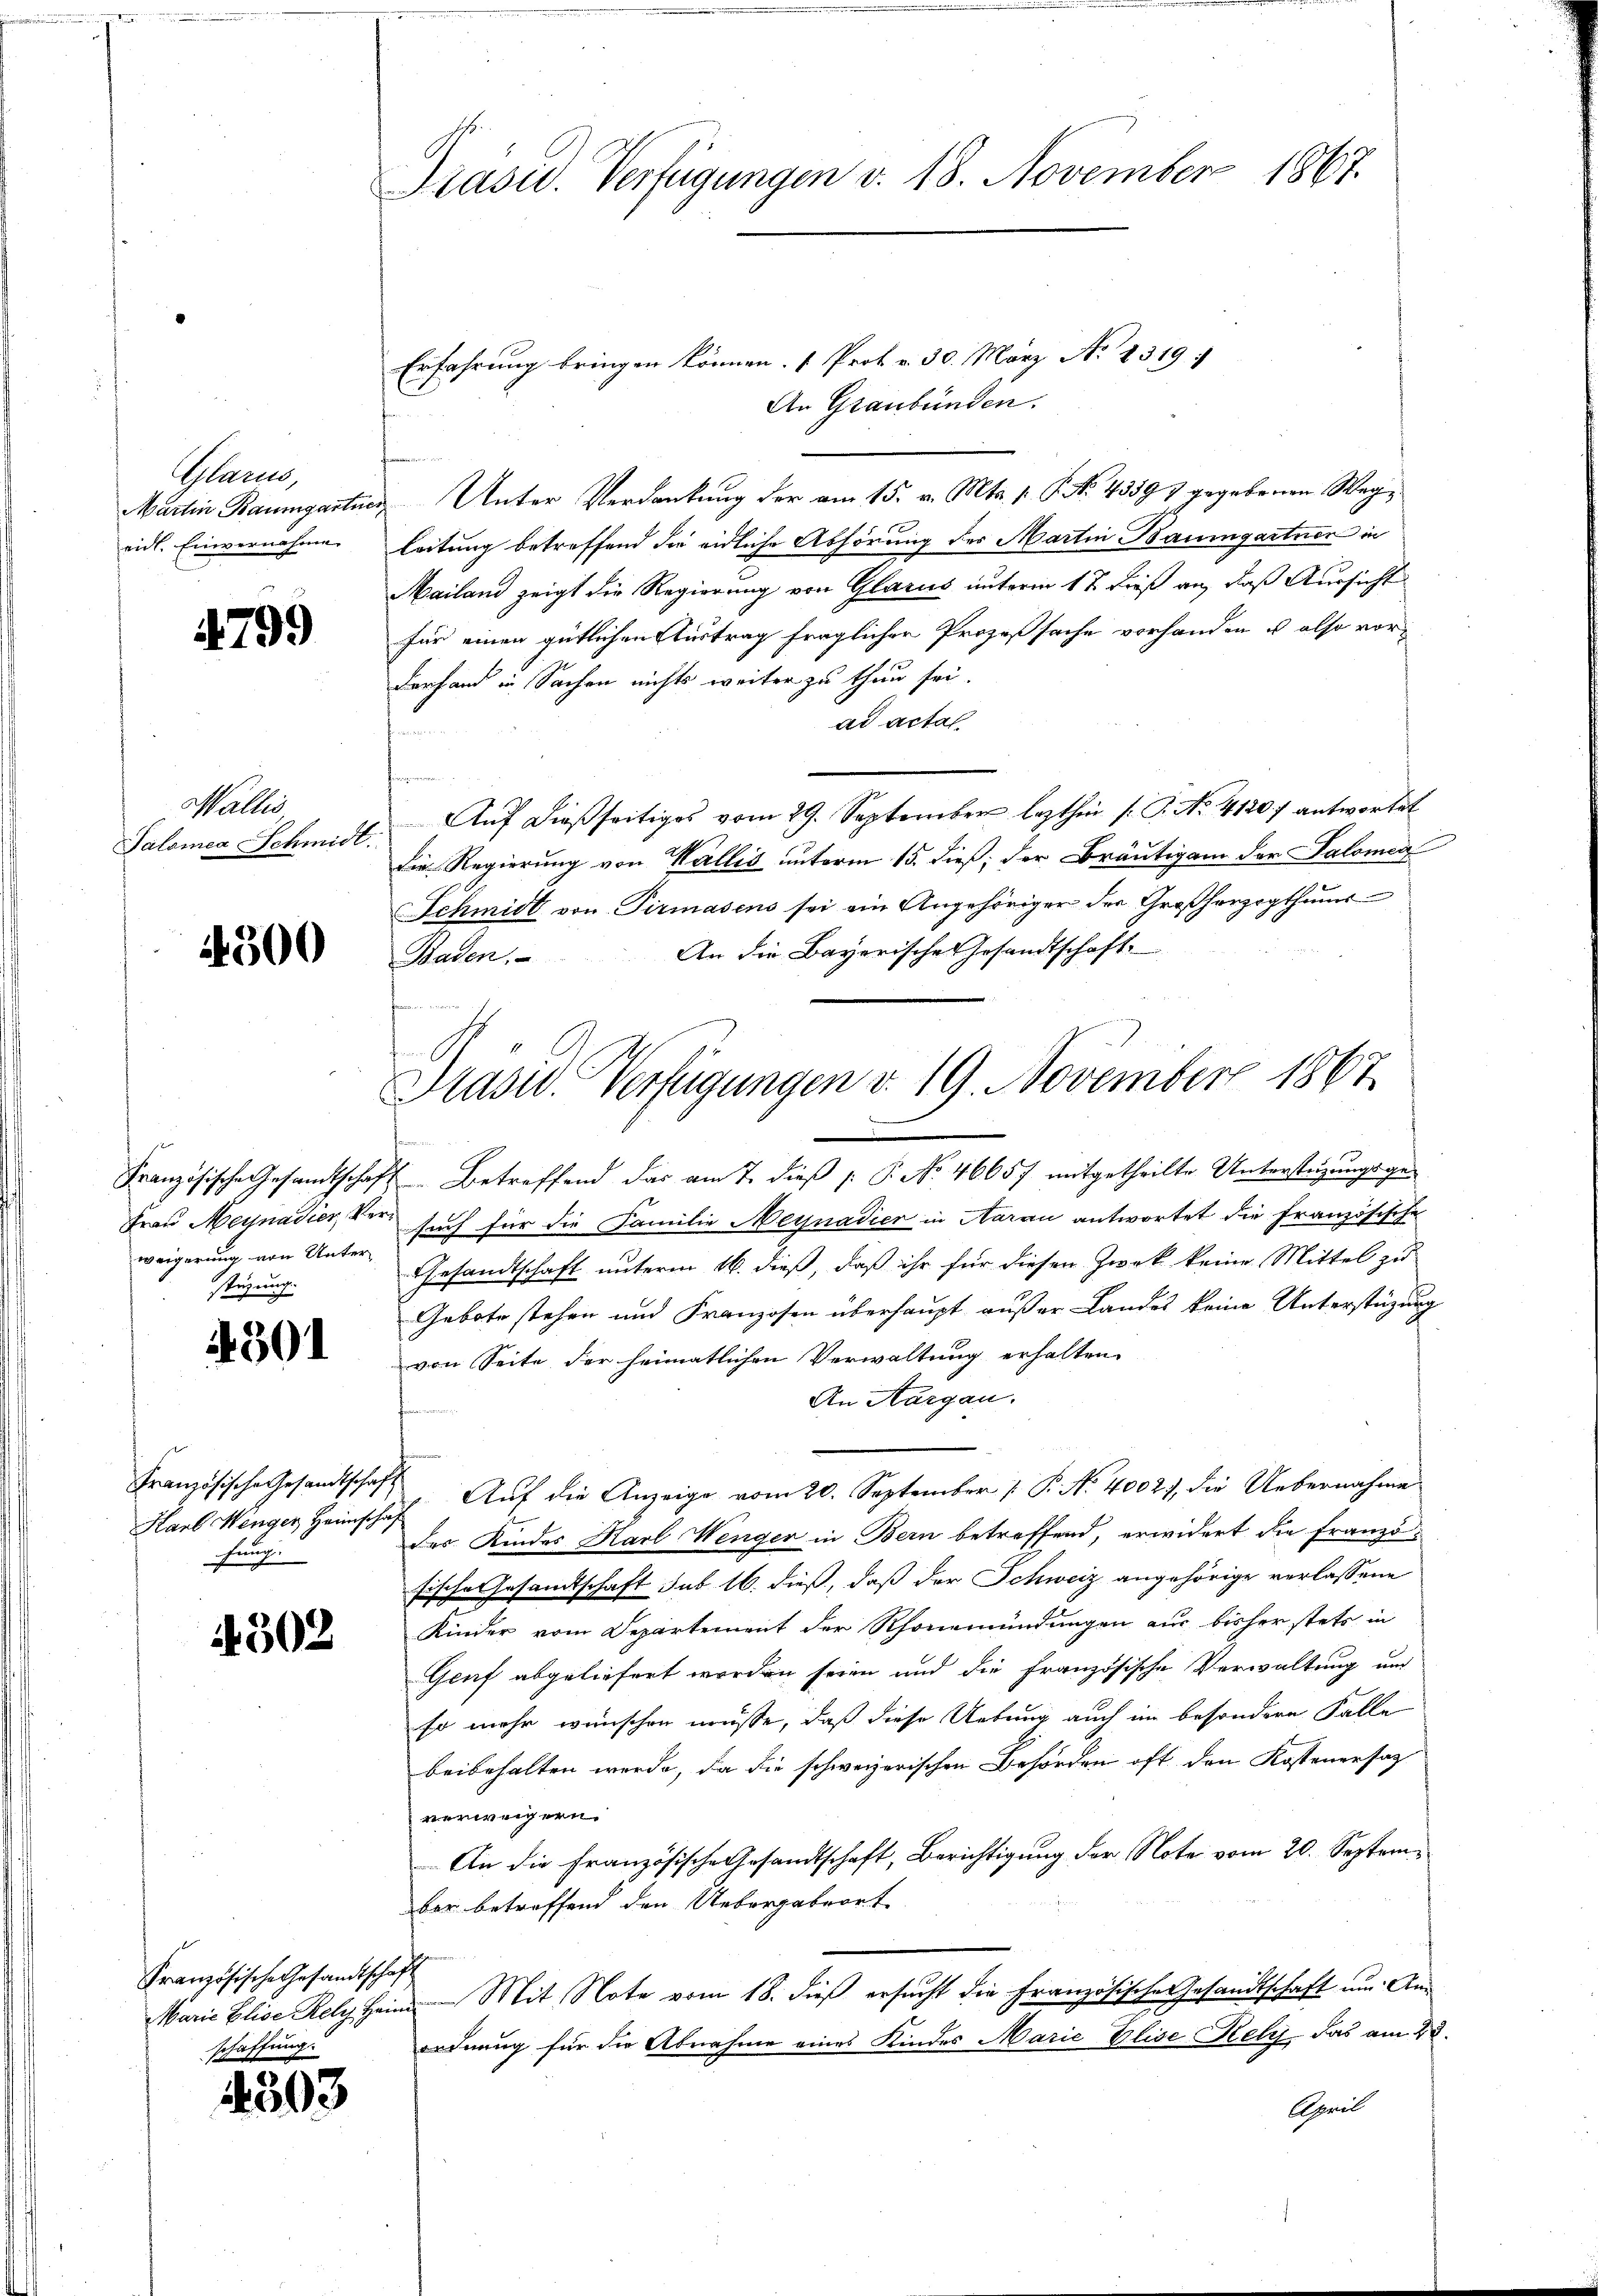
.

Plaren,

4799

Wallis
Salomea Schmidt.

4300

weigerung von Unterstüzung.

301

Karl Wenger Heimschaf
fung.

4502

Französische Gesandtschaft
schaffung.

4503

Präsid. Verfügungen v. 18. November 1867.

Erfahrung bringen können. (Prok. v. 30. März No 1319
An Graubünden.
Martin Baumgartner Unter Verdankung der am 15. v. Mts. p. P. No. 43597 gegebenen Wegeidl. Einvernahme Leitung betreffend die eidliche Abhörung des Martin Baumgartner in
Mailand zeigt die Regierung von Glarus unterm 1 t dieß an, daß Aussicht
für einen gütlichen Austrag fraglicher Prozeßsache vorhanden u. also vorderfand in Sachen nichts weiter zu thun sei.
ad actal.
Auf dießseitiges vom 29. September lezthin (T. No. 4120) antwortet
Die Regierung von Wallis unterm 15. dieß, der Bräutigam der Salomen
Schmidt von Pirmasens sei ein Angehöriger der Großherzogthums
An die Bayerisches Gesandtschaft
Baden.
Französische Gesandtschaft Betreffend das am 7. dieß (: P. No 46657 mitgetheilte Untersteigungsge¬
Frau Meynadier, Versuch für die Familie Meynadier in Aarau antwortet die Französische
Gesandtschaft unterm 16. dieß, daß ihr für diesen Zweck keine Mittel zu
Gebote stehen und Franzosen überhaupt außer Landes keine Unterstützung
von Seite der heimatlichen Verwaltung erhalten.
An Aargau.
Französische Gesandtschaft Auf die Anzeige vom 20. September [ P. No. 4002), die Uebernahme
des Kindes Karl Wenger in Bern betreffend, erwidert die Französische Gesandtschaft sub 16. dieß, daß der Schweiz angehörige verlassene
Kinder vom Departement der Rhonemündungen aus bisher stets in
Genf abgeliefert worden seien und die französische Verwaltung und
so mehr wünschen müsse, daß diese Uebung auch im besondere Falle
beibehalten werde, da die schweizerischen Behörden oft den Kostenersag
verweigern.
An die Französische Gesandtschaft, Berichtigung der Note vom 20. September betreffend den Uebergabeort
Maria Elise Rely Heim Mit Note vom 18. dieß ersucht die Französische Gesandtschaft um Anordnung für die Abnahme eines Kindes Marie Elise Rely, Jas am 28.
April

Prasid. Verfügungen v. 19. November 1867